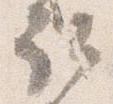
取